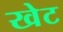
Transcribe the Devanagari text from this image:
खेट